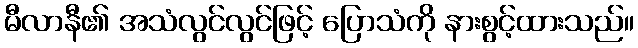
မီလာနီ၏ အသံလွင်လွင်ဖြင့် ပြောသံကို နားစွင့်ထားသည်။